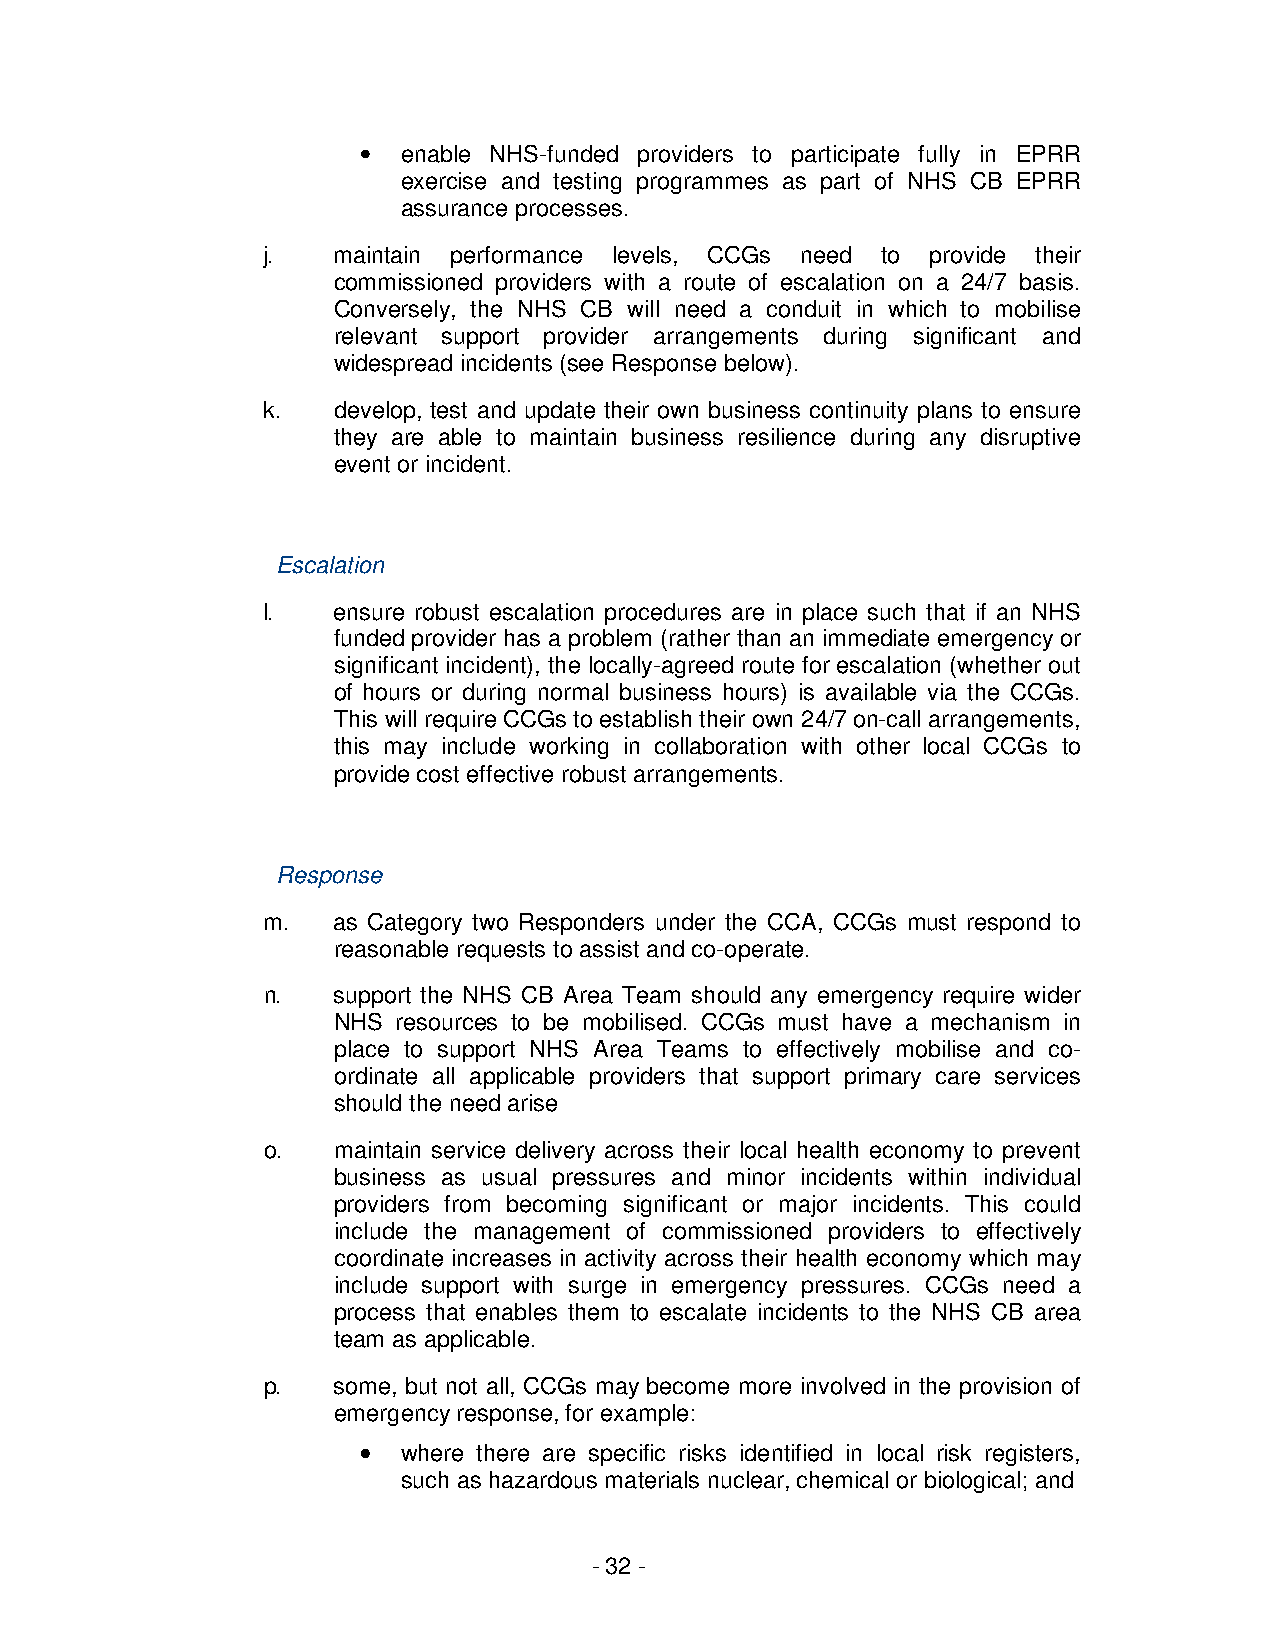
•  enable NHS-funded providers to participate fully in EPRR
 exercise and testing programmes as part of NHS CB EPRR
 assurance processes.
 j.   maintain performance levels, CCGs need to provide their
 commissioned providers with a route of escalation on a 24/7 basis.
 Conversely, the NHS CB will need a conduit in which to mobilise
 relevant support provider arrangements during significant and
 widespread incidents (see Response below).
 k.   develop, test and update their own business continuity plans to ensure
 they are able to maintain business resilience during any disruptive
 event or incident.
 Escalation
 l.   ensure robust escalation procedures are in place such that if an NHS
 funded provider has a problem (rather than an immediate emergency or
 significant incident), the locally-agreed route for escalation (whether out
 of hours or during normal business hours) is available via the CCGs.
 This will require CCGs to establish their own 24/7 on-call arrangements,
 this may include working in collaboration with other local CCGs to
 provide cost effective robust arrangements.
 Response
 m.   as Category two Responders under the CCA, CCGs must respond to
 reasonable requests to assist and co-operate.
 n.   support the NHS CB Area Team should any emergency require wider
 NHS resources to be mobilised. CCGs must have a mechanism in
 place to support NHS Area Teams to effectively mobilise and co-
 ordinate all applicable providers that support primary care services
 should the need arise
 o.   maintain service delivery across their local health economy to prevent
 business as usual pressures and minor incidents within individual
 providers from becoming significant or major incidents. This could
 include the management of commissioned providers to effectively
 coordinate increases in activity across their health economy which may
 include support with surge in emergency pressures. CCGs need a
 process that enables them to escalate incidents to the NHS CB area
 team as applicable.
 p.   some, but not all, CCGs may become more involved in the provision of
 emergency response, for example:
 •••• where there are specific risks identified in local risk registers,
 such as hazardous materials nuclear, chemical or biological; and
 - 32 -